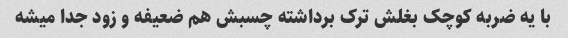
با یه ضربه کوچک بغلش ترک برداشته چسبش هم ضعیفه و زود جدا میشه